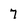
Character: 7